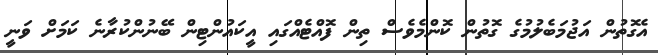
އެގޮތުން އަޖުމަބެލުމުގެ ގޮތުން ކޮންމެވެސް ތިން ފޮއްޓެއްގައި އީކައުންޓިން ބޭނުންކުރާނެ ކަަމަށް ވަނީ